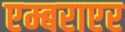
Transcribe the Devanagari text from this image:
एम्बराएर